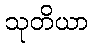
သုတိယာ